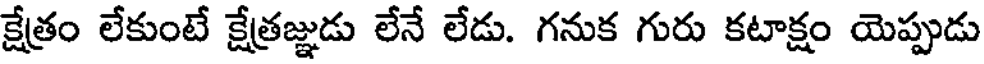
క్షేత్రం లేకుంటే క్షేత్రజ్ఞుడు లేనే లేడు. గనుక గురు కటాక్షం యెప్పుడు